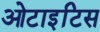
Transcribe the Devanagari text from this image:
ओटाइटिस